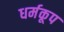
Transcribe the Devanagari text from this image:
धर्मकूप